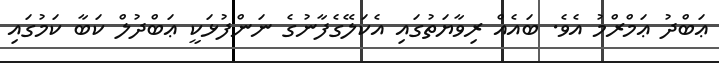
ޢަބްދު ޢަމްރްމު އެވެ. ބައެއް ރިވާޔަތުގައި އެކަލޭގެފާނުގެ ނަންފުޅަކީ ޢަބްދުލް ކަބާ ކަމުގައި